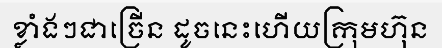
ខ្លាំងៗជាច្រើន ដូចនេះហើយក្រុមហ៊ុន